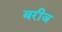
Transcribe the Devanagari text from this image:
बरीज